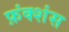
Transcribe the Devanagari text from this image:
फ़ंक्शंस